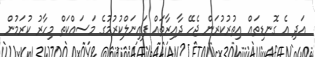
އަދި އެ ގޮނޑިތައް އިތުރުކުރަން ޖެހޭ ދާއިރާތައް ފައިނަލްކުރުމުގެ މަސައްކަތް މިހާރު ކުރަމުން